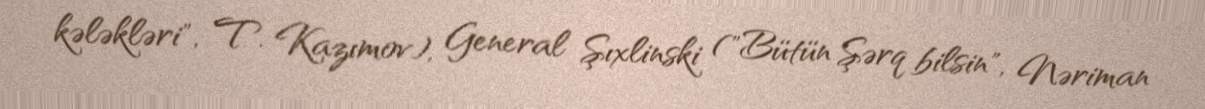
kələkləri", T. Kazımov), General Şıxlinski ("Bütün Şərq bilsin", Nəriman